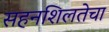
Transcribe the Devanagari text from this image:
सहनशिलतेचा